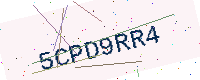
Text: 5CPD9RR4